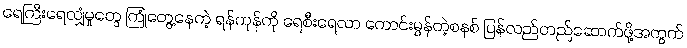
ရေကြီးရေလျှံမှုတွေ ကြုံတွေ့နေတဲ့ ရန်ကုန်ကို ရေစီးရေလာ ကောင်းမွန်တဲ့စနစ် ပြန်လည်တည်ဆောက်ဖို့အတွက်